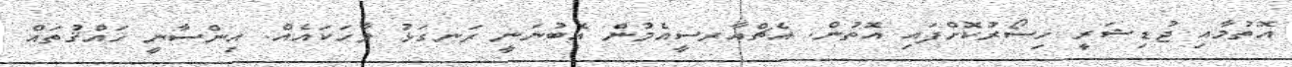
އޮތުމާއި ޖުޑިޝަރީ ހިސޯރުކޮށްފައި އޮތުން. އެޗްއާރސީއެމުން އެބުނަނީ ރަނގަޅު ވާހަކައެއް. އިންސާނީ ހައްޤުތައް